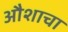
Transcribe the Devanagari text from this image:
औशाचा